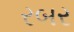
રબર